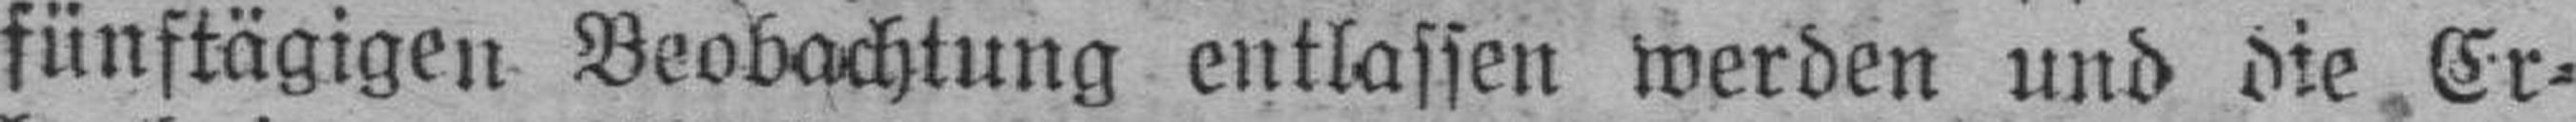
fünftägigen Beobachtung entlassen werden und die Er¬